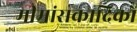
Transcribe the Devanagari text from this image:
मीमांसकादिकों